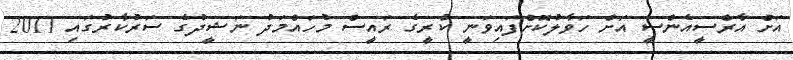
އަށް އާރްސީއެންސީ އަށް ހަވާލުކޮށްފައިވަނީ ކުރީގެ ރައީސް މުހައްމަދު ނަޝީދުގެ ސަރުކާރުގައި 2011